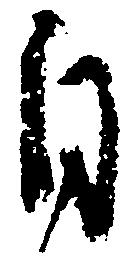
自